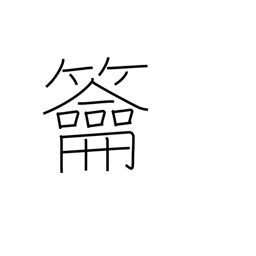
Meaning: three-holed flute